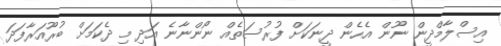
އިސްލާމްދީން ނޫން އެހެން ދީނަކަށް ފުރުސަތެއް ނޯންނާނެ އަދި މި ދެކަމަށް ބުރޫއަރާފަދަ